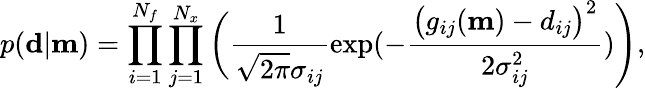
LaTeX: p(\mathbf{d}|\mathbf{m})=\prod_{i=1}^{N_{f}}\prod_{j=1}^{N_{x}}\bigg(\frac{1}{\sqrt{2\pi}\sigma_{ij}}\exp(-\frac{\big(g_{ij}(\mathbf{m})-d_{ij}\big)^{2}}{2\sigma_{ij}^{2}})\Bigg),